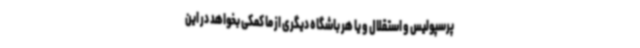
پرسپولیس و استقلال و یا هر باشگاه دیگری از ما کمکی بخواهد در این